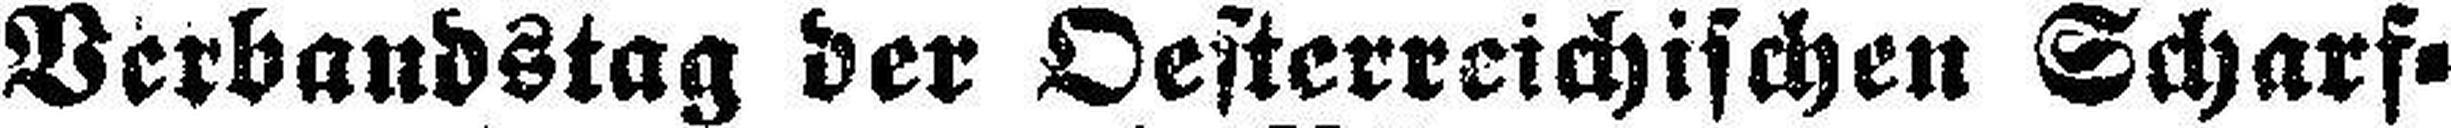
Verbandstag der Oesterreichischen Scharf¬